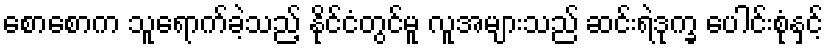
စောစောက သူရောက်ခဲ့သည့် နိုင်ငံတွင်မူ လူအများသည် ဆင်းရဲဒုက္ခ ပေါင်းစုံနှင့်